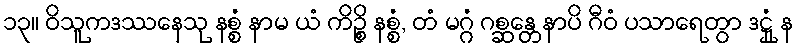
၁၃။ ဝိသူကဒဿနေသု နစ္စံ နာမ ယံ ကိဉ္စိ နစ္စံ, တံ မဂ္ဂံ ဂစ္ဆန္တေနာပိ ဂီဝံ ပသာရေတွာ ဒဋ္ဌုံ န